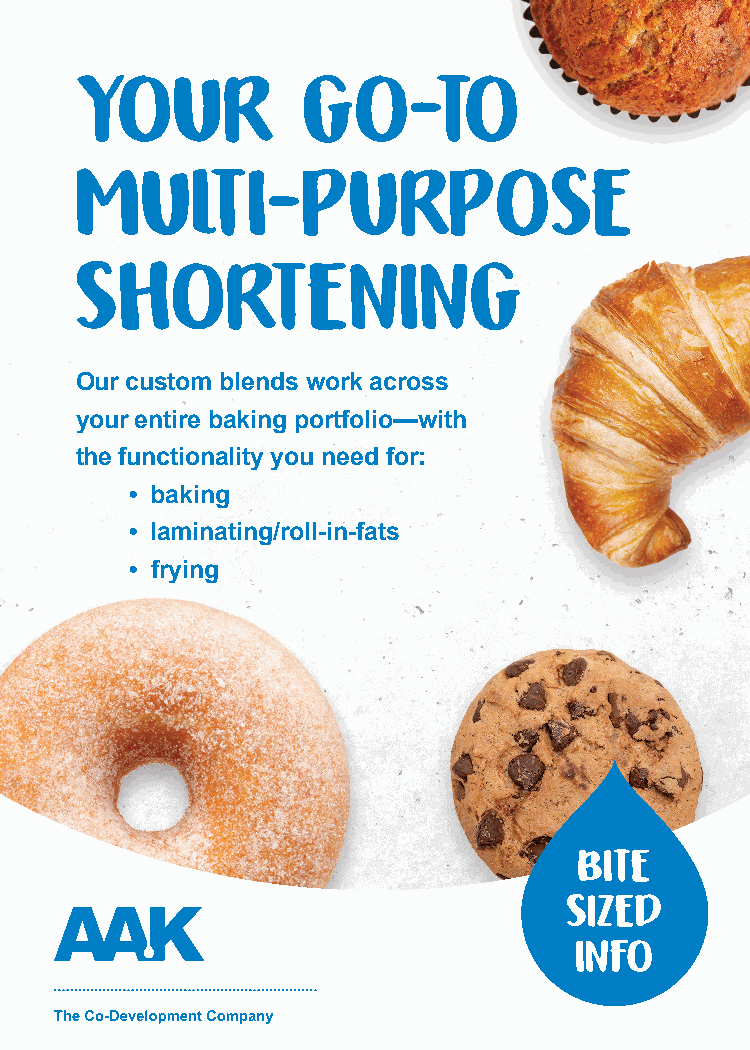
YOUR           GO-TO
 MULTI-PURPOSE
 SHORTENING
 Our custom blends work across
 your entire baking portfolio—with
 the functionality you need for:
 • baking
 • laminating/roll-in-fats
 • frying